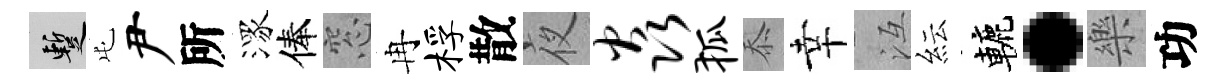
暫屯尹所潈俸窓冉桴散夜焱狐忝幸冱紜轆·樂功